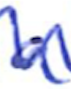
Text: a
Cross-out: zig-zag
Writing tool: ballpoint